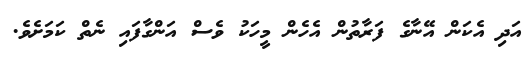
އަދި އެކަން އޭނާގެ ފަރާތުން އެހެން މީހަކު ވެސް އަންގާފައި ނެތް ކަމަށެވެ.